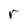
Character: r